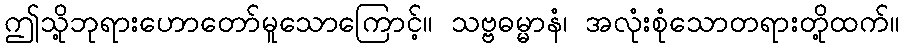
ဤသို့ဘုရားဟောတော်မူသောကြောင့်။ သဗ္ဗဓမ္မာနံ၊ အလုံးစုံသောတရားတို့ထက်။